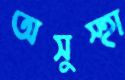
অসুস্হা